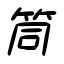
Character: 筒